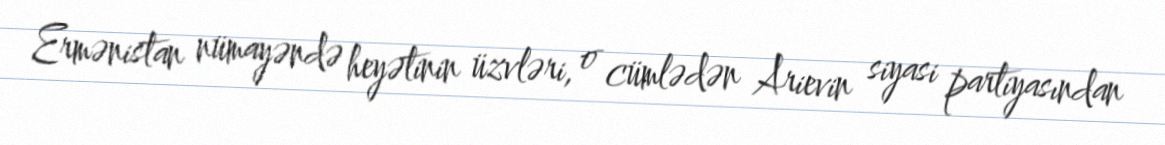
Ermənistan nümayəndə heyətinin üzvləri, o cümlədən Arievin siyasi partiyasından